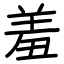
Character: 羞